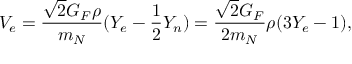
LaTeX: V _ { e } = \frac { \sqrt { 2 } G _ { F } \rho } { m _ { N } } ( Y _ { e } - \frac { 1 } { 2 } Y _ { n } ) = \frac { \sqrt { 2 } G _ { F } } { 2 m _ { N } } \rho ( 3 Y _ { e } - 1 ) ,